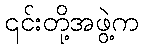
၎င်းတို့အဖွဲ့က